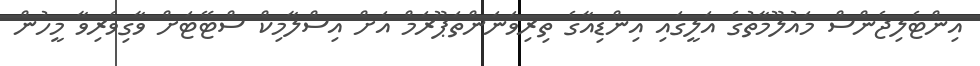
އިންޓެލިޖެންސް މައުލޫމާތުގެ އަލީގައި އިންޑިއާގެ ތިރިވަނަންތަޕޫރަމް އަށް އިސްލާމިކް ސްޓޭޓަށް ވާގިވެރިވާ މީހުން